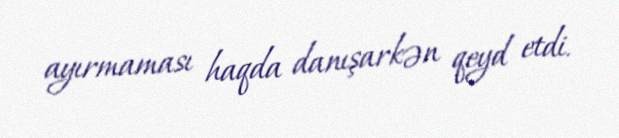
ayırmaması haqda danışarkən qeyd etdi.